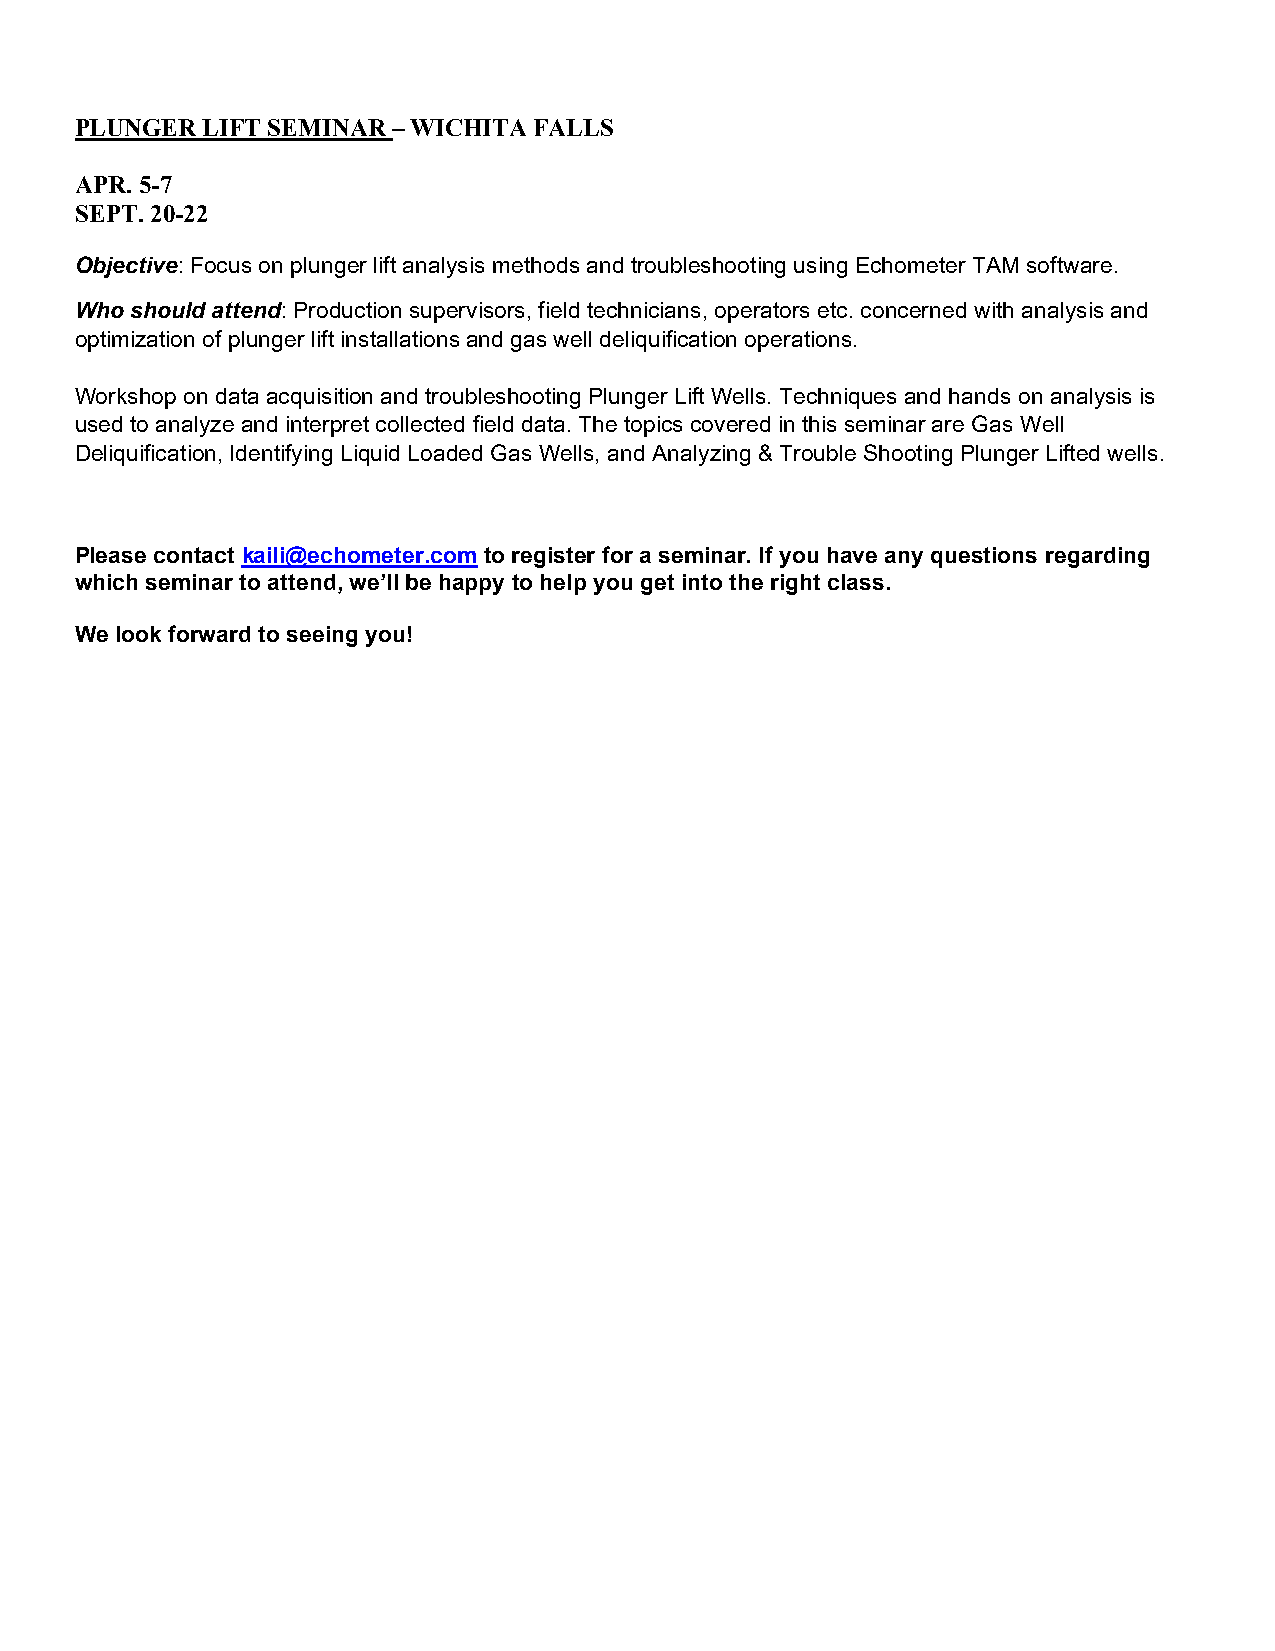
PLUNGER LIFT SEMINAR – WICHITA FALLS
 APR. 5-7
 SEPT. 20-22
 Objective: Focus on plunger lift analysis methods and troubleshooting using Echometer TAM software.
 Who should attend: Production supervisors, field technicians, operators etc. concerned with analysis and
 optimization of plunger lift installations and gas well deliquification operations.
 Workshop on data acquisition and troubleshooting Plunger Lift Wells. Techniques and hands on analysis is
 used to analyze and interpret collected field data. The topics covered in this seminar are Gas Well
 Deliquification, Identifying Liquid Loaded Gas Wells, and Analyzing & Trouble Shooting Plunger Lifted wells.
 Please contact kaili@echometer.com to register for a seminar. If you have any questions regarding
 which seminar to attend, we’ll be happy to help you get into the right class.
 We look forward to seeing you!